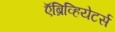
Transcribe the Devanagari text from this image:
ऍब्रिव्हियेटर्स